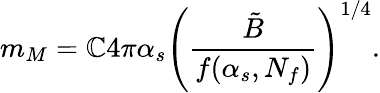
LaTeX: m_{M}=\mathbb{C}4\pi\alpha_{s}\Biggl({\frac{{\tilde{{B}}}}{{f(\alpha_{s},N_{f})}}}\Biggr)^{1/4}.